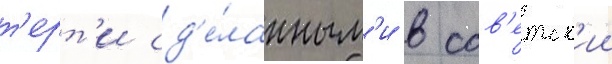
т'ерт'и сд'е́ланным'и в сов'етск'ии